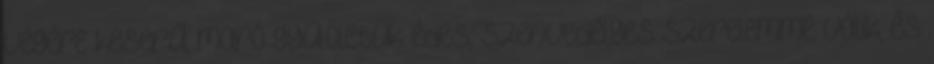
végére keserű, maró gyűlöletük édes, szenvedélyes szerelemmé válik, és